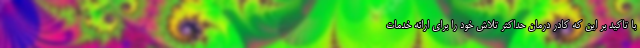
با تاکید بر این که کادر درمان حداکثر تلاش خود را برای ارائه خدمات